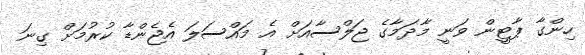
ހިންގާ ޕާޓީން ވަނީ މާދަމާގެ ޖަލްސާއަށް އެ މައްސަލަ އެޖެންޑާ ކުރުމަށް ގިނަ